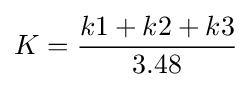
K={\frac {k1+k2+k3}{3.48}}